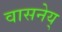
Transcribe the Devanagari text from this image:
वासनेय्